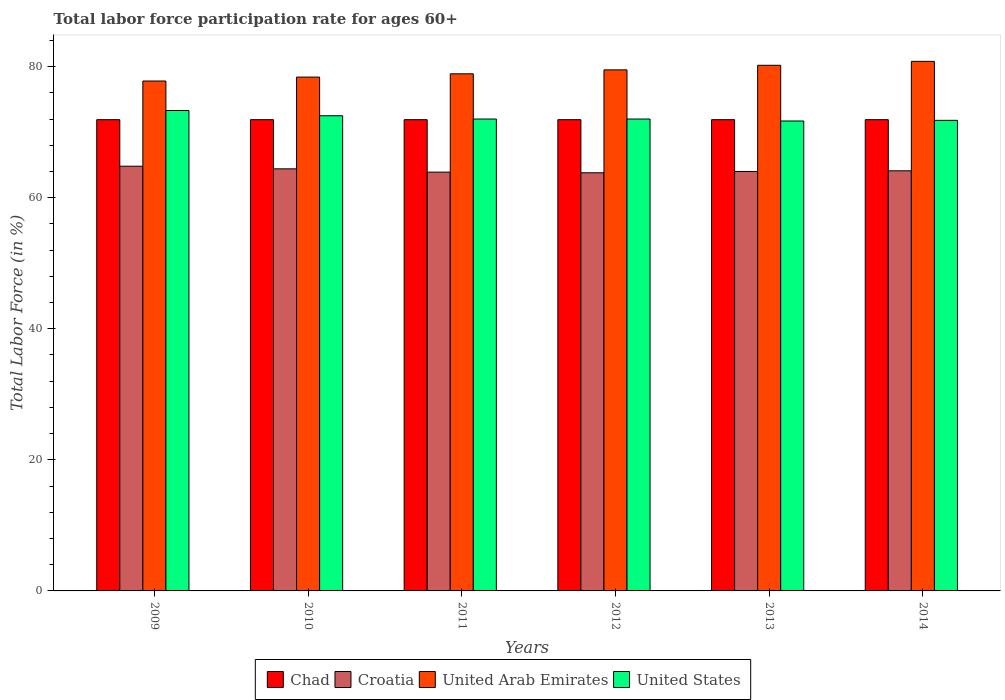
| Years | Chad | Croatia | United Arab Emirates | United States |
 | --- | --- | --- | --- | --- |
 | 2009 | 71.9 | 64.8 | 77.8 | 73.3 |
 | 2010 | 71.9 | 64.4 | 78.4 | 72.5 |
 | 2011 | 71.9 | 63.9 | 78.9 | 72 |
 | 2012 | 71.9 | 63.8 | 79.5 | 72 |
 | 2013 | 71.9 | 64 | 80.2 | 71.7 |
 | 2014 | 71.9 | 64.1 | 80.8 | 71.8 |